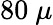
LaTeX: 80~\mu